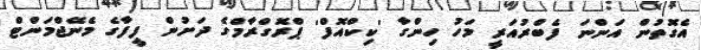
އެގޮތުން އަންނަ ފެބްރުއަރީ މަހު ހިންގާ 'ކިކްއޮފް' ޕްރޮގްރާމްގެ ދަށުން ފީފާގެ މެނޭޖްމަންޓް